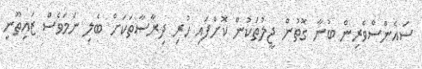
ސައެންސްވެރިން ބުނާ ގޮތުން ޖީލުތަކުން ކޮށްފައި ހުރި ދިރާސާތަކަށް ބެލި ނަމަވެސް ޒައިތޫނި